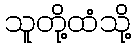
သူတို့ထံသို့